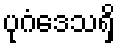
ပုဂံဒေသရှိ